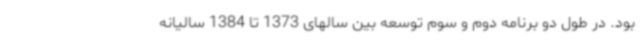
بود. در طول دو برنامه دوم و سوم توسعه بین سالهای 1373 تا 1384 سالیانه